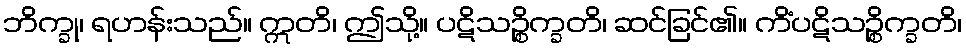
ဘိက္ခု၊ ရဟန်းသည်။ ဣတိ၊ ဤသို့။ ပဋိသဉ္စိက္ခတိ၊ ဆင်ခြင်၏။ ကိံပဋိသဉ္စိက္ခတိ၊